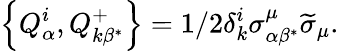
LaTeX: \left\{ Q_{\alpha}^{i},Q_{k\beta^{*}}^{+}\right\} =1/2\delta_{k}^{i}\sigma_{\alpha\beta^{*}}^{\mu}\widetilde{\sigma}_{\mu}.